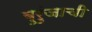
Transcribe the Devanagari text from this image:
बुरुंजाची